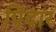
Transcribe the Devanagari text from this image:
पिंदार